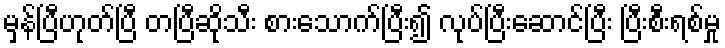
မှန်ပြီဟုတ်ပြီ တပြီဆိုသီး စားသောက်ပြီး၍ လုပ်ပြီးဆောင်ပြီး ပြီးစီးရစ်မှု